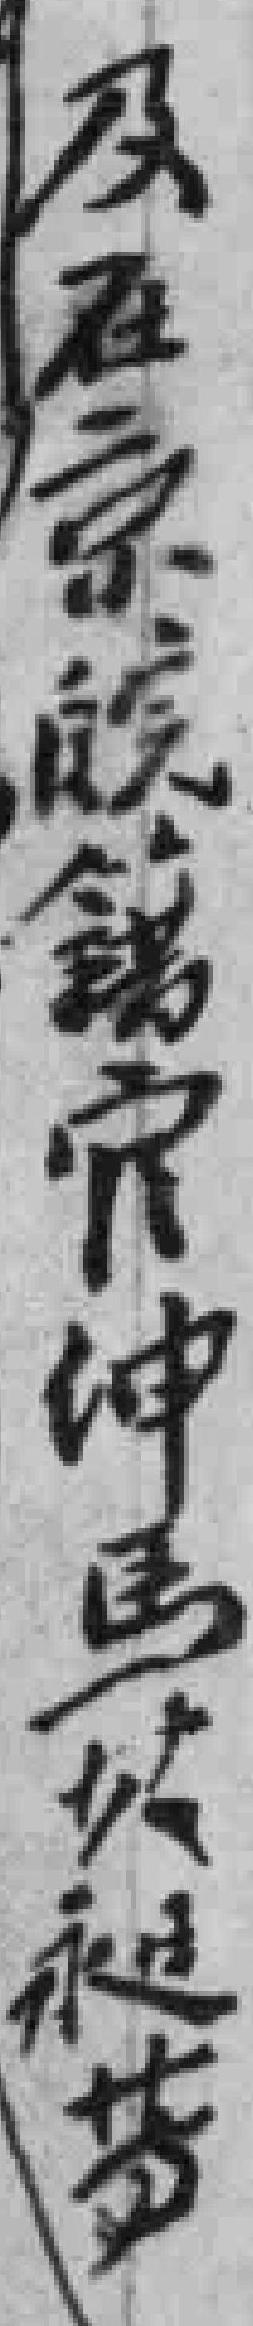
及在京皖籍官绅仲馬以昶*